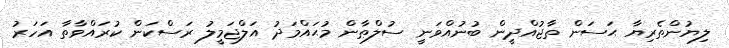
ލިޔުންތެރިޔާ ޙަސަން ތާޖުއްދީން ބުނުއްވަނީ ސުލްޠާން މުޙައްމަދު އަލްޖަމީލު ރަސްކަން ކުރައްވާތާ އަހަރު